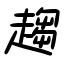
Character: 趨